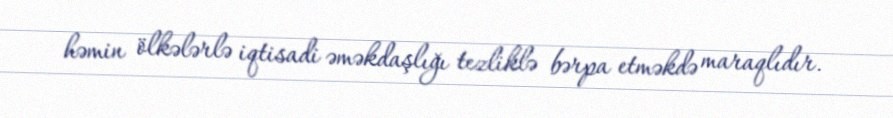
həmin ölkələrlə iqtisadi əməkdaşlığı tezliklə bərpa etməkdə maraqlıdır.